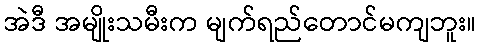
အဲဒီ အမျိုးသမီးက မျက်ရည်တောင်မကျဘူး။